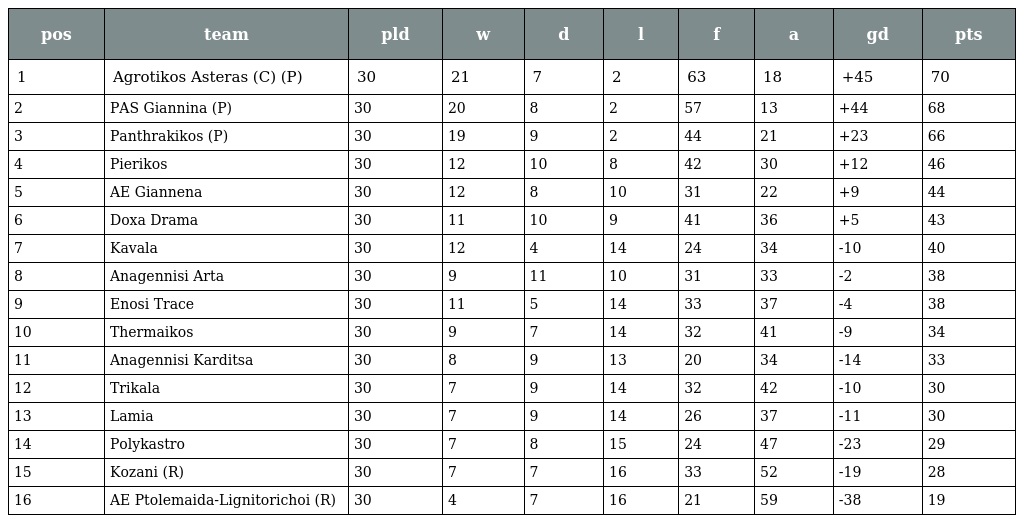
| pos | team | pld | w | d | l | f | a | gd | pts |
 | --- | --- | --- | --- | --- | --- | --- | --- | --- | --- |
 | 1 | Agrotikos Asteras (C) (P) | 30 | 21 | 7 | 2 | 63 | 18 | +45 | 70 |
 | 2 | PAS Giannina (P) | 30 | 20 | 8 | 2 | 57 | 13 | +44 | 68 |
 | 3 | Panthrakikos (P) | 30 | 19 | 9 | 2 | 44 | 21 | +23 | 66 |
 | 4 | Pierikos | 30 | 12 | 10 | 8 | 42 | 30 | +12 | 46 |
 | 5 | AE Giannena | 30 | 12 | 8 | 10 | 31 | 22 | +9 | 44 |
 | 6 | Doxa Drama | 30 | 11 | 10 | 9 | 41 | 36 | +5 | 43 |
 | 7 | Kavala | 30 | 12 | 4 | 14 | 24 | 34 | -10 | 40 |
 | 8 | Anagennisi Arta | 30 | 9 | 11 | 10 | 31 | 33 | -2 | 38 |
 | 9 | Enosi Trace | 30 | 11 | 5 | 14 | 33 | 37 | -4 | 38 |
 | 10 | Thermaikos | 30 | 9 | 7 | 14 | 32 | 41 | -9 | 34 |
 | 11 | Anagennisi Karditsa | 30 | 8 | 9 | 13 | 20 | 34 | -14 | 33 |
 | 12 | Trikala | 30 | 7 | 9 | 14 | 32 | 42 | -10 | 30 |
 | 13 | Lamia | 30 | 7 | 9 | 14 | 26 | 37 | -11 | 30 |
 | 14 | Polykastro | 30 | 7 | 8 | 15 | 24 | 47 | -23 | 29 |
 | 15 | Kozani (R) | 30 | 7 | 7 | 16 | 33 | 52 | -19 | 28 |
 | 16 | AE Ptolemaida-Lignitorichoi (R) | 30 | 4 | 7 | 16 | 21 | 59 | -38 | 19 |